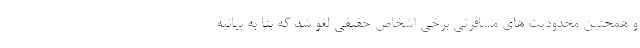
و همچنین محدودیت های مسافرتی برخی اشخاص حقیقی لغو شد که بنا به بیانیه